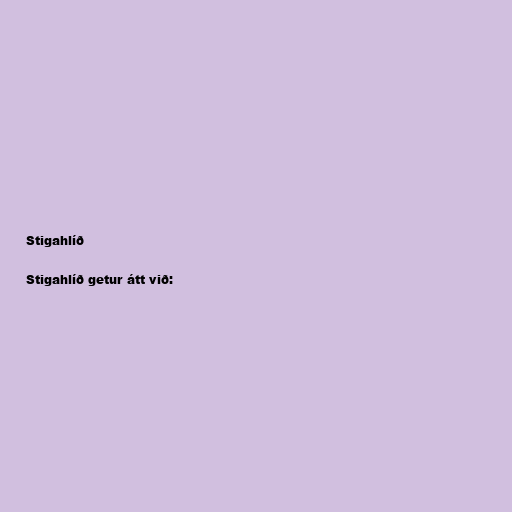
Stigahlíð

Stigahlíð getur átt við: